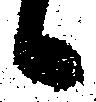
候